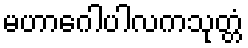
မဟာဂေါပါလကသုတ္တံ